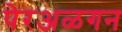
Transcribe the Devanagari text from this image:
पेरअळगन